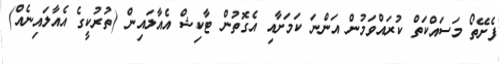
ފެށޭތޯ މަސައްކަތް ކުރައްވަމުން އަންނަ ކަމަށާއި އެގޮތުން ޓާކިޝް އެއާލައިން (ތުރުކީގެ އެއާލައިނެއް)